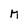
Character: M